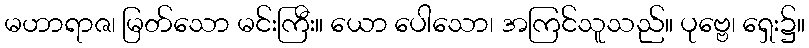
မဟာရာဇ၊ မြတ်သော မင်းကြီး။ ယော ပေါသော၊ အကြင်သူသည်။ ပုဗ္ဗေ၊ ရှေး၌။